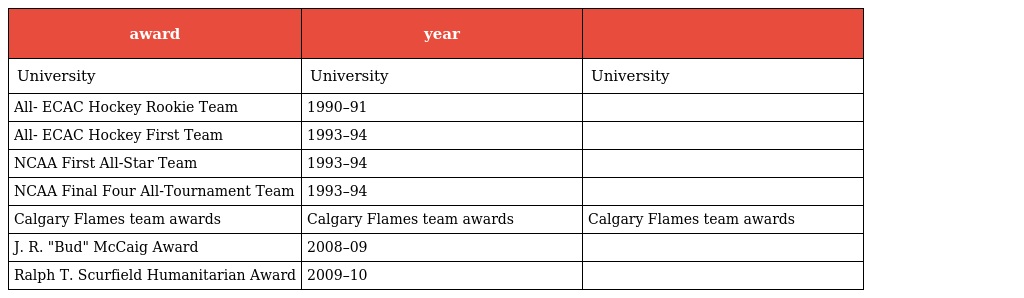
| award | year |  |
 | --- | --- | --- |
 | University | University | University |
 | All- ECAC Hockey Rookie Team | 1990–91 |  |
 | All- ECAC Hockey First Team | 1993–94 |  |
 | NCAA First All-Star Team | 1993–94 |  |
 | NCAA Final Four All-Tournament Team | 1993–94 |  |
 | Calgary Flames team awards | Calgary Flames team awards | Calgary Flames team awards |
 | J. R. "Bud" McCaig Award | 2008–09 |  |
 | Ralph T. Scurfield Humanitarian Award | 2009–10 |  |